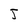
Character: j